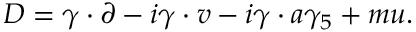
{ \cal D } = \gamma \cdot \partial - i \gamma \cdot v - i \gamma \cdot a \gamma _ { 5 } + m u .